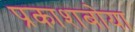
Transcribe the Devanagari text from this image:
प्रकाशबोया